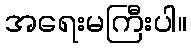
အရေးမကြီးပါ။